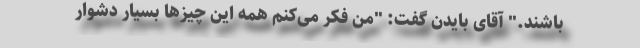
باشند." آقای بایدن گفت: "من فکر می‌کنم همه این چیزها بسیار دشوار